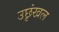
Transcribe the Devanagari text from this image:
उछृंखल